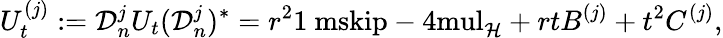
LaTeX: U_{t}^{(j)}:=\mathcal{D}_{n}^{j}U_{t}(\mathcal{D}_{n}^{j})^{*}=r^{2}{\mathchoice{\mathrm{1\ mskip-4mul}}{\mathrm{1\ mskip-4mul}}{\mathrm{1\ mskip-4.5mul}}{\mathrm{1\ mskip-5mul}}}_{\mathcal{H}}+rtB^{(j)}+t^{2}C^{(j)},